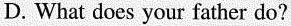
D. What does your father do?